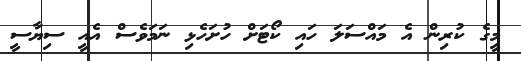
މީގެ ކުރިން އެ މައްސަލަ ހައި ކޯޓަށް ހުށަހެޅި ނަމަވެސް އެއީ ސިޔާސީ